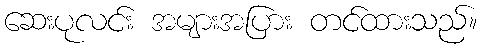
ဆေးပုလင်း အများအပြား တင်ထားသည်။